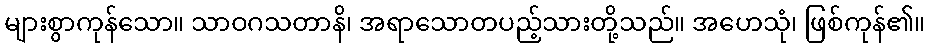
များစွာကုန်သော။ သာဝဂသတာနိ၊ အရာသောတပည့်သားတို့သည်။ အဟေသုံ၊ ဖြစ်ကုန်၏။